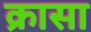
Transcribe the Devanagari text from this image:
क्रासा